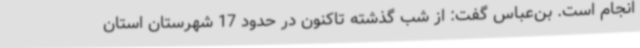
انجام است. بن‌عباس گفت: از شب گذشته تاکنون در حدود 17 شهرستان استان